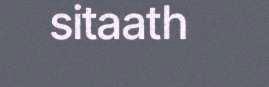
sitaath